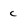
Character: c